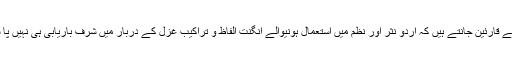
غزل کے قارئین جانتے ہیں کہ اُردو نثر اور نظم میں استعمال ہونیوالے انگنت الفاظ و تراکیب غزل کے دربار میں شرف باریابی ہی نہیں پا سکتے۔